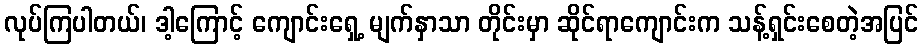
လုပ်ကြပါတယ်၊ ဒါ့ကြောင့် ကျောင်းရှေ့ မျက်နှာသာ တိုင်းမှာ ဆိုင်ရာကျောင်းက သန့်ရှင်းစေတဲ့အပြင်